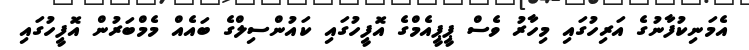
އެމަނިކުފާނުގެ އަރިހުގައި މިހާރު ވެސް ޕީޕީއެމްގެ އޮފީހުގައި ކައުންސިލްގެ ބައެއް މެމްބަރުން އޮފީހުގައި